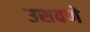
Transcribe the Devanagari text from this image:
उसवणे